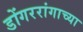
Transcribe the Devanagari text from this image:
डोंगररांगाच्या